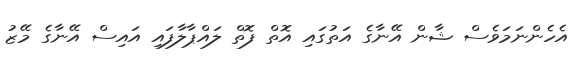
އެހެންނަމަވެސް ޝާން އޭނާގެ އަތުގައި އޮތް ފޮތް ލައްޕާލާފައި އައިސް އޭނާގެ މޭޒު